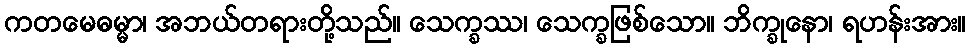
ကတမေဓမ္မာ၊ အဘယ်တရားတို့သည်။ သေက္ခဿ၊ သေက္ခဖြစ်သော။ ဘိက္ခုနော၊ ရဟန်းအား။